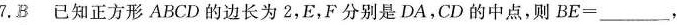
7. B已知正方形ABCD的边长为2，E，F分别是DA，CD的中点，则$$B E = ____$$，